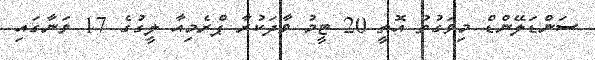
ސަންޑަލޭންޑް މިވަގުތު އޮތީ 20 ޓީމު ވާދަކުރާ ޕްރެމިއާ ލީގުގެ 17 ވަނާގައި